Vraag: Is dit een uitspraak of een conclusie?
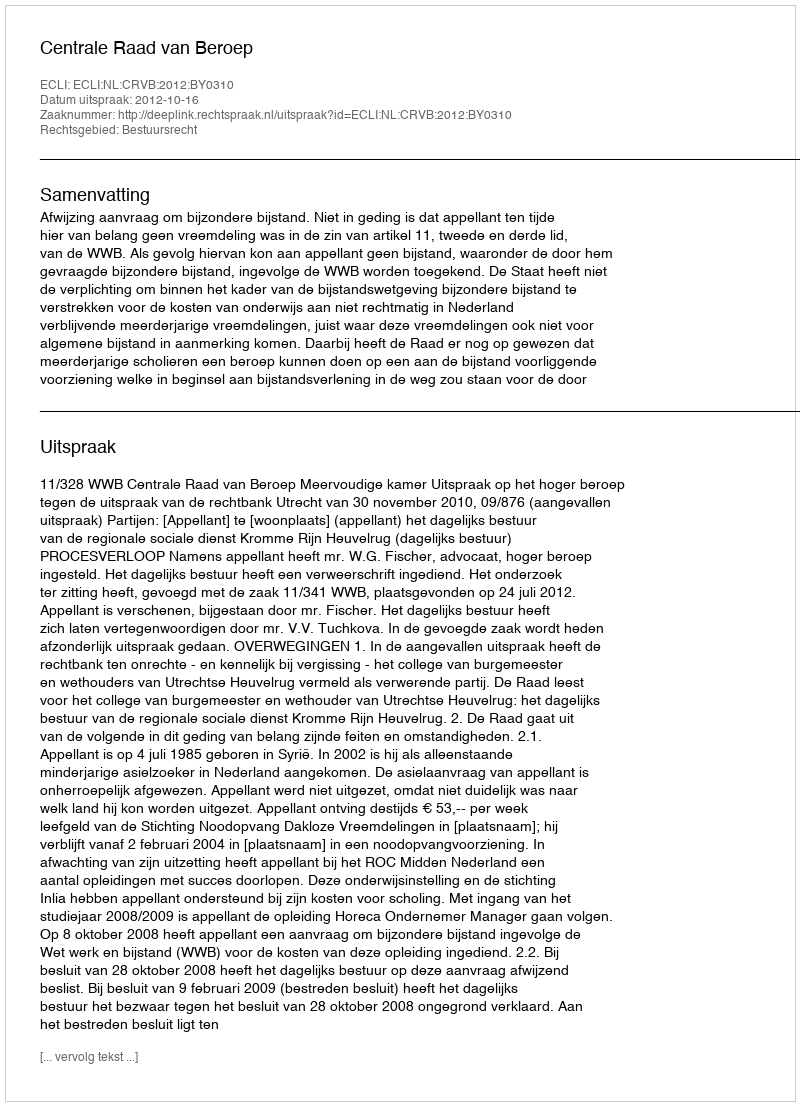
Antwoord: Uitspraak